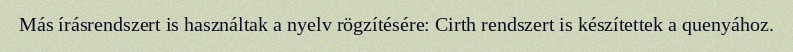
Más írásrendszert is használtak a nyelv rögzítésére: Cirth rendszert is készítettek a quenyához.